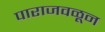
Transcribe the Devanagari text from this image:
पाराजवळून